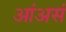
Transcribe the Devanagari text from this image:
आंअसं